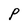
Character: P